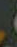
.